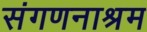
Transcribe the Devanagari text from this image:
संगणनाश्रम